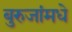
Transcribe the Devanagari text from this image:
बुरुजांमधे